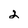
Character: 2